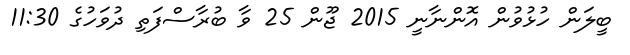
ބީލަން ހުޅުވުން އޮންނާނީ 2015 ޖޫން 25 ވާ ބުރާސްފަތި ދުވަހުގެ 11:30